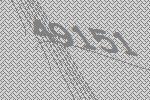
49151